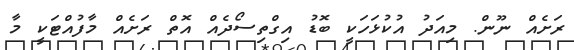
ރަށެއް ނޫން. މިއަދު އުކުޅަހަކީ ބޮޑު އިގްތިސޯދެއް އޮތް ރަށެއް މާފުއްޓަކީ މާ